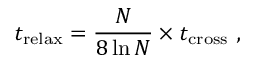
t _ { \mathrm { r e l a x } } = { \frac { N } { 8 \ln N } } \times t _ { \mathrm { c r o s s } } \ ,